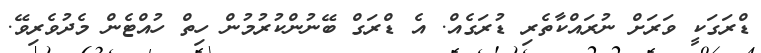
ޑްރަގަކީ ވަރަށް ނުރައްކާތެރި ޑުރަގެއް. އެ ޑްރަގް ބޭނުންކުރުމުން ހިތް ހުއްޓެން މެދުވެރިވޭ.